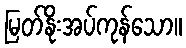
မြတ်နိုးအပ်ကုန်သော။